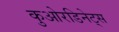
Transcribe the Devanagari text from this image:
कुओरडिनेट्स